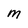
Character: m